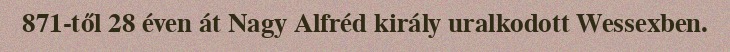
871-től 28 éven át Nagy Alfréd király uralkodott Wessexben.